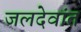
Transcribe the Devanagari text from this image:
जलदेवांत